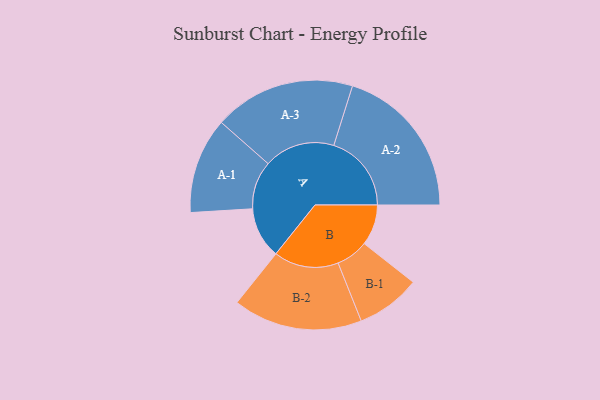
{"axis": {"x": "Segment", "y": "Value"}, "legend": ["", "A", "B"], "data": [{"x": "A", "y": 178, "type": ""}, {"x": "B", "y": 142, "type": ""}, {"x": "A-1", "y": 167, "type": "A"}, {"x": "A-2", "y": 270, "type": "A"}, {"x": "A-3", "y": 246, "type": "A"}, {"x": "B-1", "y": 112, "type": "B"}, {"x": "B-2", "y": 225, "type": "B"}]}